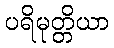
ပရိမုတ္တိယာ